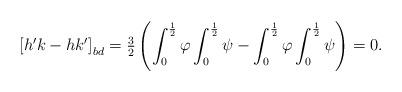
LaTeX: \begin{align*}\left[h'k-hk'\right]_{bd}=\tfrac{3}{2}\left(\int_{0}^{\frac{1}{2}}\varphi\int_{0}^{\frac{1}{2}}\psi-\int_{0}^{\frac{1}{2}}\varphi\int_{0}^{\frac{1}{2}}\psi\right)=0.\end{align*}